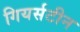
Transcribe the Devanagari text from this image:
गियर्सटीन